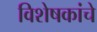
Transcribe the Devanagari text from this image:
विशेषकांचे